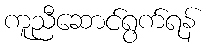
ကူညီဆောင်ရွက်ရန်